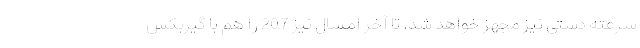
سرعته دستی نیز مجهز خواهد شد. تا آخر امسال نیز 207 را هم با گیربکس